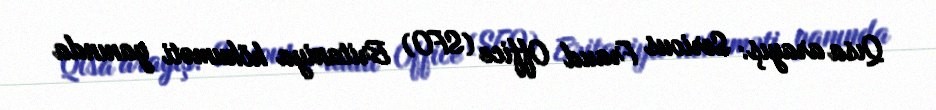
Qısa arayış: Serious Fraud Office (SFO) Britaniya hökuməti yanında